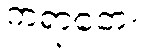
ကရာတေး